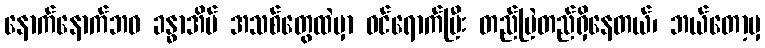
နောက်နောက်ဘဝ ခန္ဓာအိမ် အသစ်တွေထဲမှာ ဝင်ရောက်ပြီး တည်မြဲတည်ရှိနေတယ်၊ ဘယ်တော့မှ